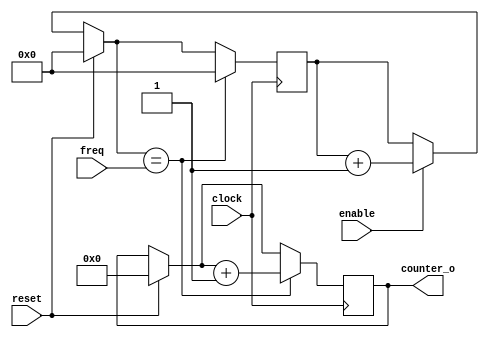
module counter(enable, reset, clock, freq, counter_o);
input [32:0] freq;
input enable;
input reset;
input clock;
output reg [63:0] counter_o;
reg [32:0] tmp;

initial begin
	tmp = 0;
	counter_o = 0;	//10^-2
end


always @(posedge clock)
begin
	if(reset == 1'b1) begin
		counter_o = 0;
		tmp = 0;
	end
	else if(enable == 1'b1) begin
		tmp = tmp + 1;
	end

	if(tmp == freq) begin
		tmp = 0;
		counter_o = counter_o + 1;
		$display("%4dns: counter_o=%d", $time, counter_o); 
	end
end

endmodule